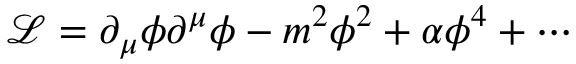
\mathcal { L } = \partial _ { \mu } \phi \partial ^ { \mu } \phi - m ^ { 2 } \phi ^ { 2 } + \alpha \phi ^ { 4 } + \cdots